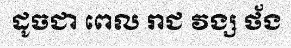
ដូចជា ពេល រាជ វង្ស ថ័ង